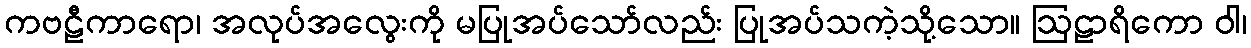
ကဗဠီကာရော၊ အလုပ်အလွေးကို မပြုအပ်သော်လည်း ပြုအပ်သကဲ့သို့သော။ ဩဠာရိကော ဝါ၊